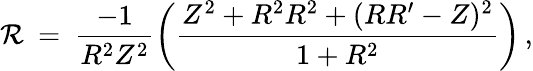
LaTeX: {\cal{R}}\: =\: \frac{-1}{R^{2}Z^{2}}\left(\frac{Z^{2}+R^{2}R^{2}+(RR^{\prime}-Z)^{2}}{1+R^{2}}\right)\, ,